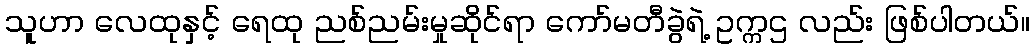
သူဟာ လေထုနှင့် ရေထု ညစ်ညမ်းမှုဆိုင်ရာ ကော်မတီခွဲရဲ့ ဥက္ကဌ လည်း ဖြစ်ပါတယ်။